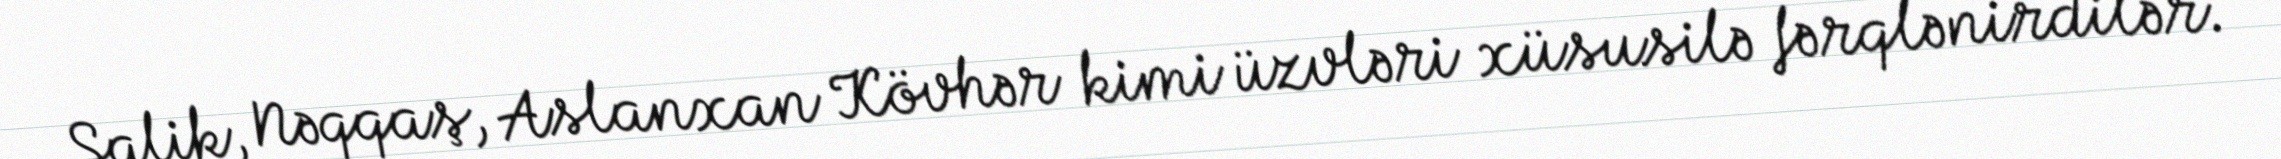
Salik, Nəqqaş, Aslanxan Kövhər kimi üzvləri xüsusilə fərqlənirdilər.